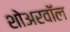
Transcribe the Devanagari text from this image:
शोअरवॉल